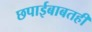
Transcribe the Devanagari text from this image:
छपाईबाबतही